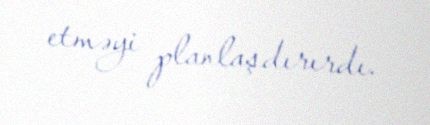
etməyi planlaşdırırdı.